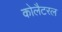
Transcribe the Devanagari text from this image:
कोलैटरल